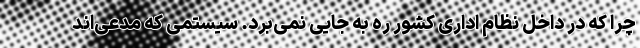
چرا که در داخل نظام اداری کشور ره به جایی نمی‌برد. سیستمی که مدعی‌اند